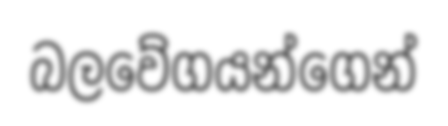
බලවේගයන්ගෙන්